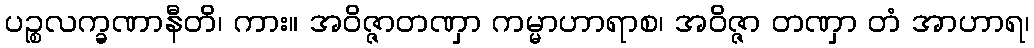
ပဉ္စလက္ခဏာနီတိ၊ ကား။ အဝိဇ္ဇာတဏှာ ကမ္မာဟာရာစ၊ အဝိဇ္ဇာ တဏှာ တံ အာဟာရ၊